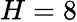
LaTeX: H=8